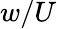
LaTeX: w/U